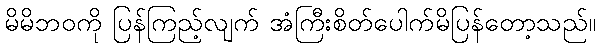
မိမိဘဝကို ပြန်ကြည့်လျက် အံကြီးစိတ်ပေါက်မိပြန်တော့သည်။